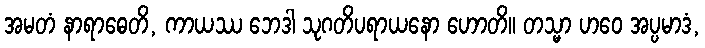
အမတံ နာရာဓေတိ, ကာယဿ ဘေဒါ သုဂတိပရာယနော ဟောတိ။ တသ္မာ ဟဝေ အပ္ပမာဒံ,